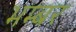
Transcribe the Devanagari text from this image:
भम्बर